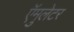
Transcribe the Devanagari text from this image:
ऍमुलेटर